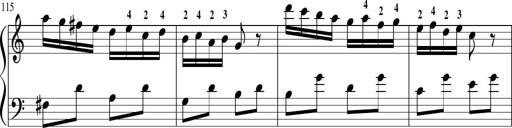
Title: Sonatina in G major
Composer: Friedrich Kuhlau
Key: G major